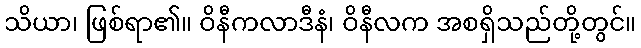
သိယာ၊ ဖြစ်ရာ၏။ ဝိနီကလာဒီနံ၊ ဝိနီလက အစရှိသည်တို့တွင်။